Report of the Indian Hemp Drugs Commission, 1894-1895 - Volume I
Year: 1894
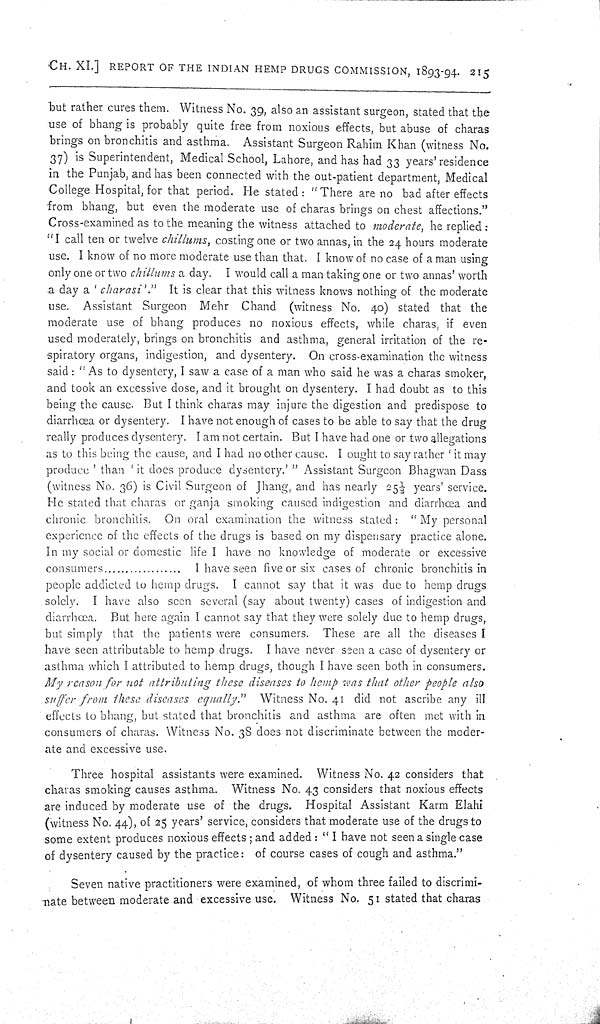
CH. XI.] REPORT OF THE INDIAN HEMP DRUGS COMMISSION, 1893-94. 215
but rather cures them. Witness No. 39, also an assistant surgeon, stated that the
use of bhang is probably quite free from noxious effects, but abuse of charas
brings on bronchitis and asthma. Assistant Surgeon Rahim Khan (witness No.
37) is Superintendent, Medical School, Lahore, and has had 33 years' residence
in the Punjab, and has been connected with the out-patient department, Medical
College Hospital, for that period. He stated: "There are no bad after effects
from bhang, but even the moderate use of charas brings on chest affections."
Cross-examined as to the meaning the witness attached to moderate, he replied:
"I call ten or twelve chillums, costing one or two annas, in the 24 hours moderate
use. I know of no more moderate use than that. I know of no case of a man using
only one or two chillums a day. I would call a man taking one or two annas' worth
a day a 'charasi'." It is clear that this witness knows nothing of the moderate
use. Assistant Surgeon Mehr Chand (witness No. 40) stated that the
moderate use of bhang produces no noxious effects, while charas, if even
used moderately, brings on bronchitis and asthma, general irritation of the re-
spiratory organs, indigestion, and dysentery. On cross-examination the witness
said: "As to dysentery, I saw a case of a man who said he was a charas smoker,
and took an excessive dose, and it brought on dysentery. I had doubt as to this
being the cause. But I think charas may injure the digestion and predispose to
diarrhœa or dysentery. I have not enough of cases to be able to say that the drug
really produces dysentery. I am not certain. But I have had one or two allegations
as to this being the cause, and I had no other cause. I ought to say rather 'it may
produce' than 'it does produce dysentery.'" Assistant Surgeon Bhagwan Dass
(witness No. 36) is Civil Surgeon of Jhang, and has nearly 251/2 years' service.
He stated that charas or ganja smoking caused indigestion and diarrhœa and
chronic bronchitis. On oral examination the witness stated: "My personal
experience of the effects of the drugs is based on my dispensary practice alone.
In my social or domestic life I have no knowledge of moderate or excessive
consumers
I have seen five or six cases of chronic bronchitis in
people addicted to hemp drugs. I cannot say that it was due to hemp drugs
solely. I have also seen several (say about twenty) cases of indigestion and
diarrhœa. But here again I cannot say that they were solely due to hemp drugs,
but simply that the patients were consumers. These are all the diseases I
have seen attributable to hemp drugs. I have never seen a case of dysentery or
asthma which I attributed to hemp drugs, though I have seen both in consumers.
My reason for not attributing these diseases to hemp was that other people also
suffer from these diseases equally." Witness No. 41 did not ascribe any ill
effects to bhang, but stated that bronchitis and asthma are often met with in
consumers of charas. Witness No. 38 does not discriminate between the moder-
ate and excessive use.
Three hospital assistants were examined. Witness No. 42 considers that
charas smoking causes asthma. Witness No. 43 considers that noxious effects
are induced by moderate use of the drugs. Hospital Assistant Karm Elahi
(witness No. 44), of 25 years' service, considers that moderate use of the drugs to
some extent produces noxious effects; and added: "I have not seen a single case
of dysentery caused by the practice: of course cases of cough and asthma."
Seven native practitioners were examined, of whom three failed to discrimi-
nate between moderate and excessive use. Witness No. 51 stated that charas